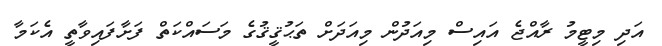
އަދި މިޓީމު ރާއްޖެ އައިސް މިއަދުން މިއަދަށް ތަޙުޤީޤުގެ މަސައްކަތް ފަށާފައިވާތީ އެކަމާ